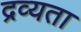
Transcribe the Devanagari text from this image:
द्रव्यता